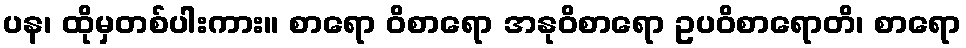
ပန၊ ထိုမှတစ်ပါးကား။ စာရော ဝိစာရော အနုဝိစာရော ဥပဝိစာရောတိ၊ စာရော